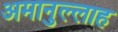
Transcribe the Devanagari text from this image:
अमानुल्लाह